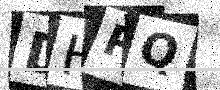
Text: DHPQ